画像に写った文字を読んでください
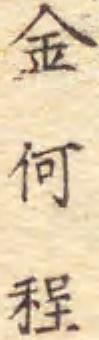
「金何程」と書いてあります